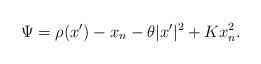
LaTeX: \begin{align*}\Psi = \rho (x') - x_n - \theta |x'|^2 + K x_n^2.\end{align*}